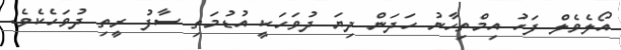
އޯލެވެލް ފަހު އިމްތިހާނު ހަދަން ދިޔަ ދުވަހަކީ އުޑުމަތި ސާފު ރީތި ދުވަހެކެވެ.